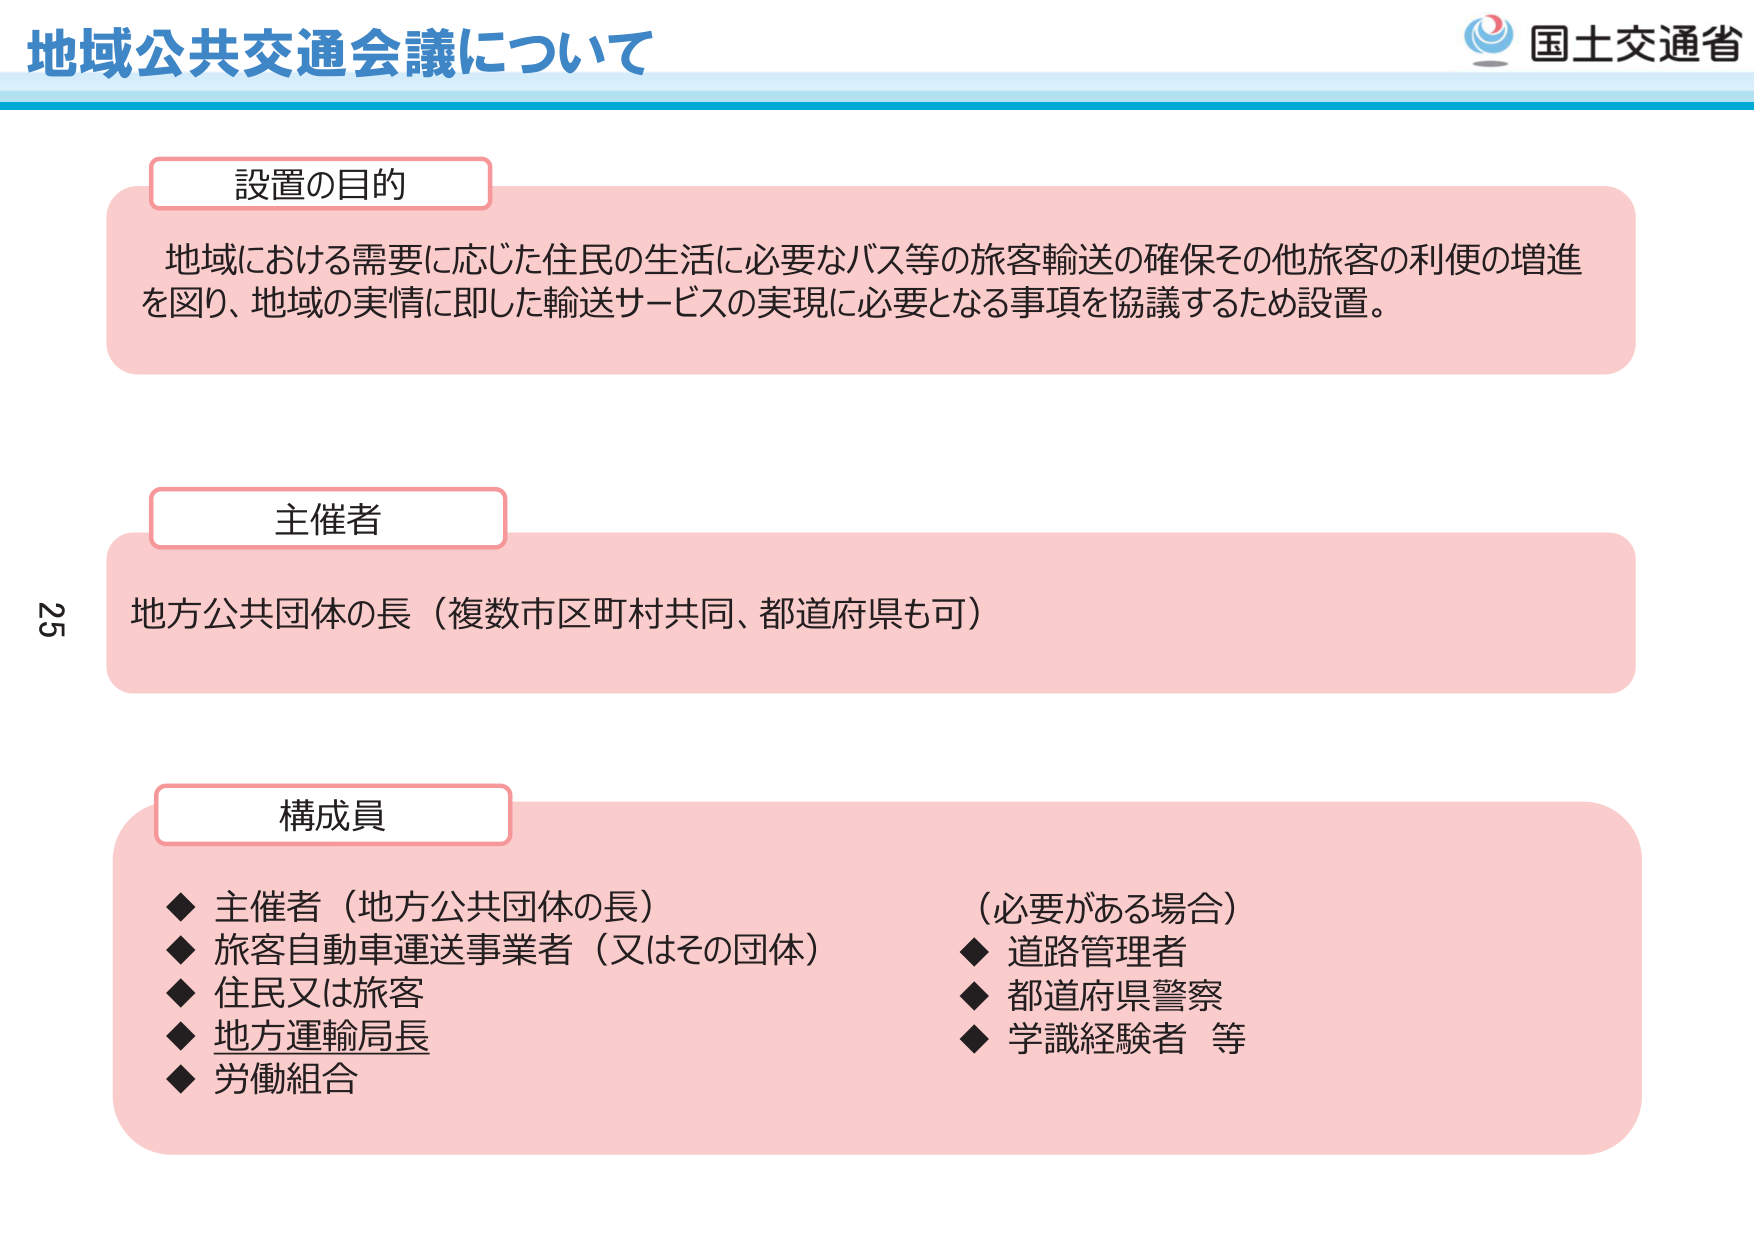
地域公共交通会議について

設置の目的
地域における需要に応じた住民の生活に必要なバス等の旅客輸送の確保その他旅客の利便の増進を図り、地域の実情に即した輸送サービスの実現に必要となる事項を協議するため設置。

主催者
地方公共団体の長（複数市区町村共同、都道府県も可）

構成員
◆ 主催者（地方公共団体の長）
◆ 旅客自動車運送事業者（又はその団体）
◆ 住民又は旅客
◆ 地方運輸局長
◆ 労働組合
（必要がある場合）
◆ 道路管理者
◆ 都道府県警察
◆ 学識経験者 等

国土交通省
25